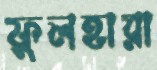
ফুলহারা